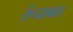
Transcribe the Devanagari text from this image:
रूंदावत